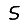
Digit: 5